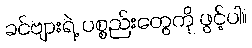
ခင်ဗျားရဲ့ ပစ္စည်းတွေကို ဖွင့်ပါ။